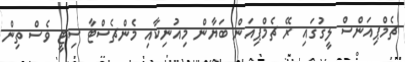
ޗެމްޕިއަންސް ލީގުގައި ރޭ ޗެމްޕިއަން ބަޔާން މިއުނިކާއި މެންޗެސްޓާ ސިޓީ ވެސް ތިން